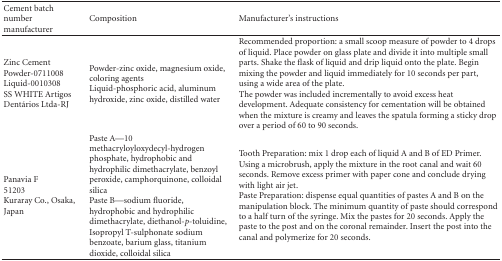
| Cement batch number manufacturer | Composition | Manufacturer's instructions |
 | --- | --- | --- |
 | Zinc Cement Powder-0711008 Liquid-0010308 SS WHITE Artigos Dentários Ltda-RJ | Powder-zinc oxide, magnesium oxide, coloring agents Liquid-phosphoric acid, aluminum hydroxide, zinc oxide, distilled water | Recommended proportion: a small scoop measure of powder to 4 drops of liquid. Place powder on glass plate and divide it into multiple small parts. Shake the flask of liquid and drip liquid onto the plate. Begin mixing the powder and liquid immediately for 10 seconds per part, using a wide area of the plate.The powder was included incrementally to avoid excess heat development. Adequate consistency for cementation will be obtained when the mixture is creamy and leaves the spatula forming a sticky drop over a period of 60 to 90 seconds. |
 | Panavia F51203Kuraray Co., Osaka, Japan | Paste A—10 methacryloyloxydecyl-hydrogen phosphate, hydrophobic and hydrophilic dimethacrylate, benzoyl peroxide, camphorquinone, colloidal silica Paste B—sodium fluoride, hydrophobic and hydrophilic dimethacrylate, diethanol-p-toluidine, Isopropyl T-sulphonate sodium benzoate, barium glass, titanium dioxide, colloidal silica | Tooth Preparation: mix 1 drop each of liquid A and B of ED Primer. Using a microbrush, apply the mixture in the root canal and wait 60 seconds. Remove excess primer with paper cone and conclude drying with light air jet.Paste Preparation: dispense equal quantities of pastes A and B on the manipulation block. The minimum quantity of paste should correspond to a half turn of the syringe. Mix the pastes for 20 seconds. Apply the paste to the post and on the coronal remainder. Insert the post into the canal and polymerize for 20 seconds. |